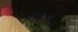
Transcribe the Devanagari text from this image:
किटानू